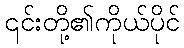
၎င်းတို့၏ကိုယ်ပိုင်